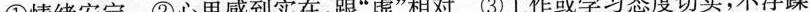
①情绪安定 ②心里感到实在，跟”虚”相对 ③工作或学习态度切实，不浮躁